Vaccination North-Western Provinces 1866-1877 - 1866-1877
Year: 1866
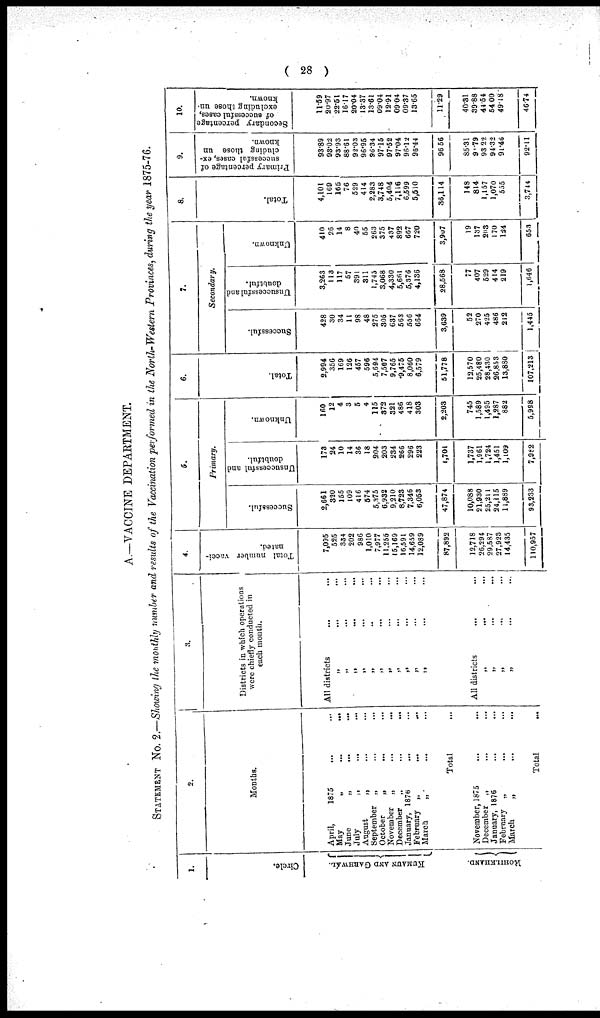
( 28 )
A.—VACCINE DEPARTMENT.
STATEMENT No. 2.—Showing the monthly number and results of the Vaccination performed in the North-Western Provinces, during the year 1875-76.
1.
Circle.
KUMAUN AND GABHWAL.
ROHILKHAND.
2.
Months.
April,
1875 ... ...
May „ ... ...
June
„
...
...
July „ ... ...
August „ ... ...
September „ ... ...
October
„
...
...
November „ ... ...
December
„
...
...
January, 1876 ... ...
February „ ... ...
March „ ... ...
Total
November, 1875 ... ...
December „ ... ...
January, 1876
February „ ... ...
March „ ... ...
Total ...
3.
Districts in which operations
were chiefly conducted in
each month.
All districts ... ...
„ ... ...
„ ... ...
„
...
...
„ ... ...
„ ... ...
„ ... ...
„ ... ...
„ ... ...
„ ... ...
„ ... ...
„ ... ...
„ ... ...
All districts ... ...
„ ... ...
„ ... ...
„ ... ...
„ ... ...
„ ... ...
4.
Total number vacci-
nated.
7,095
525
334
202
986
1,010
7,977
11,255
15,169
16,591
14,659
12,089
87,892
12,718
26,294
29,587
27,023
14,435
110,957
5.
Primary.
Succeseful.
2,661
320
155
109
416
574
5,375
6,932
9,210
8,723
7,346
6,053
47,874
10,088
21,930
25,211
24,115
11,889
93,233
Unsuccessful and
doubtful.
173
24
10
14
36
18
204
203
234
266
296
223
1,701
1,737
1,961
1,724
1,451
1,109
7,982
Unknown.
160
12
4
3
5
4
115
372
321
486
418
303
2,203
745
1,589
1,495
1,287
882
5,998
6.
Total.
2,994
356
169
126
457
596
5,694
7,507
9,765
9,475
8,060
6,579
51,778
12,570
25,480
28,430
26,853
13,880
107,213
7.
Secondary.
Successful.
428
30
34
11
98
48
275
305
637
563
556
664
3,639
52
270
425
486
212
1,445
Unsuccessful and
doubtful.
3,263
113
117
57
391
311
1,745
3,068
4,330
5,661
5,376
4,136
28,568
77
407
529
414
219
1,646
Unknown.
410
26
14
8
40
55
263
375
437
892
667
720
3,907
19
137
203
170
124
653
8.
Total.
4,101
169
165
76
529
414
2,283
3,748
5,404
7,116
6,599
5,510
36,114
148
814
1,157
1,070
555
3,744
9.
Primary percentage of
successful cases, ex-
cluding those un
known.
93.89
93.02
93.93
88.61
92.03
96.95
96.34
97.16
97.52
97.04
96.12
96.44
96.56
85.31
91.79
93.22
94.32
91.46
92.11
10.
Secondary percentag
of successful cases
excluding those un
known.
11.59
20.97
22.51
16.17
20.04
13.37
13.61
09.04
12.91
09.04
09.37
13.65
11.29
40.31
39.88
44.54
54.00
49.18
46.74